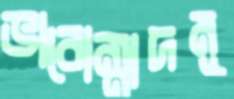
ভাবোন্মাদমূ